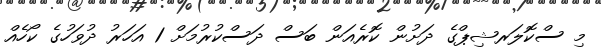
މި ސްކޮލަރޝިޕްގެ ދަށުން ކޮރެއަން ބަސް ދަސްކުރުމަށް 1 އަހަރު ދުވަހުގެ ކޯހެއް